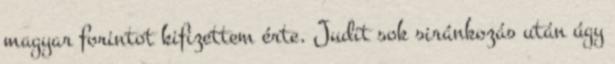
magyar forintot kifizettem érte. Judit sok siránkozás után úgy